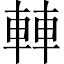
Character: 䡛